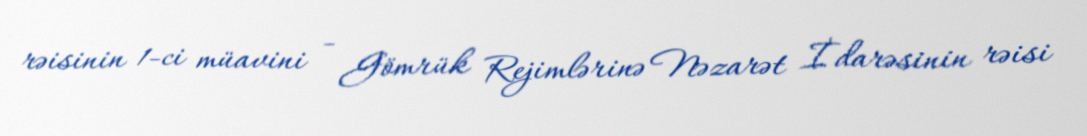
rəisinin 1-ci müavini - Gömrük Rejimlərinə Nəzarət İdarəsinin rəisi